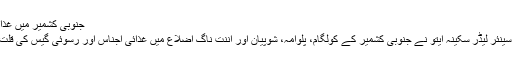
جنوبی کشمیر میں غذائی اجناس کی قلت:سکینہ ایتو
سرینگر//نیشنل کانفرنس کی سینئر لیڈر سکینہ ایتو نے جنوبی کشمیر کے کولگام، پلوامہ، شوپیان اور اننت ناگ اضلاع میں غذائی اجناس اور رسوئی گیس کی قلت پرتشویش کا اظہار کیا ہے ۔